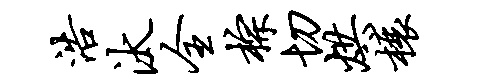
浩汰全棕切烘榱